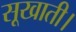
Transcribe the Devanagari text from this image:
सूखाती।